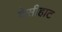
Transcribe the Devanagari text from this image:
देसीहाट